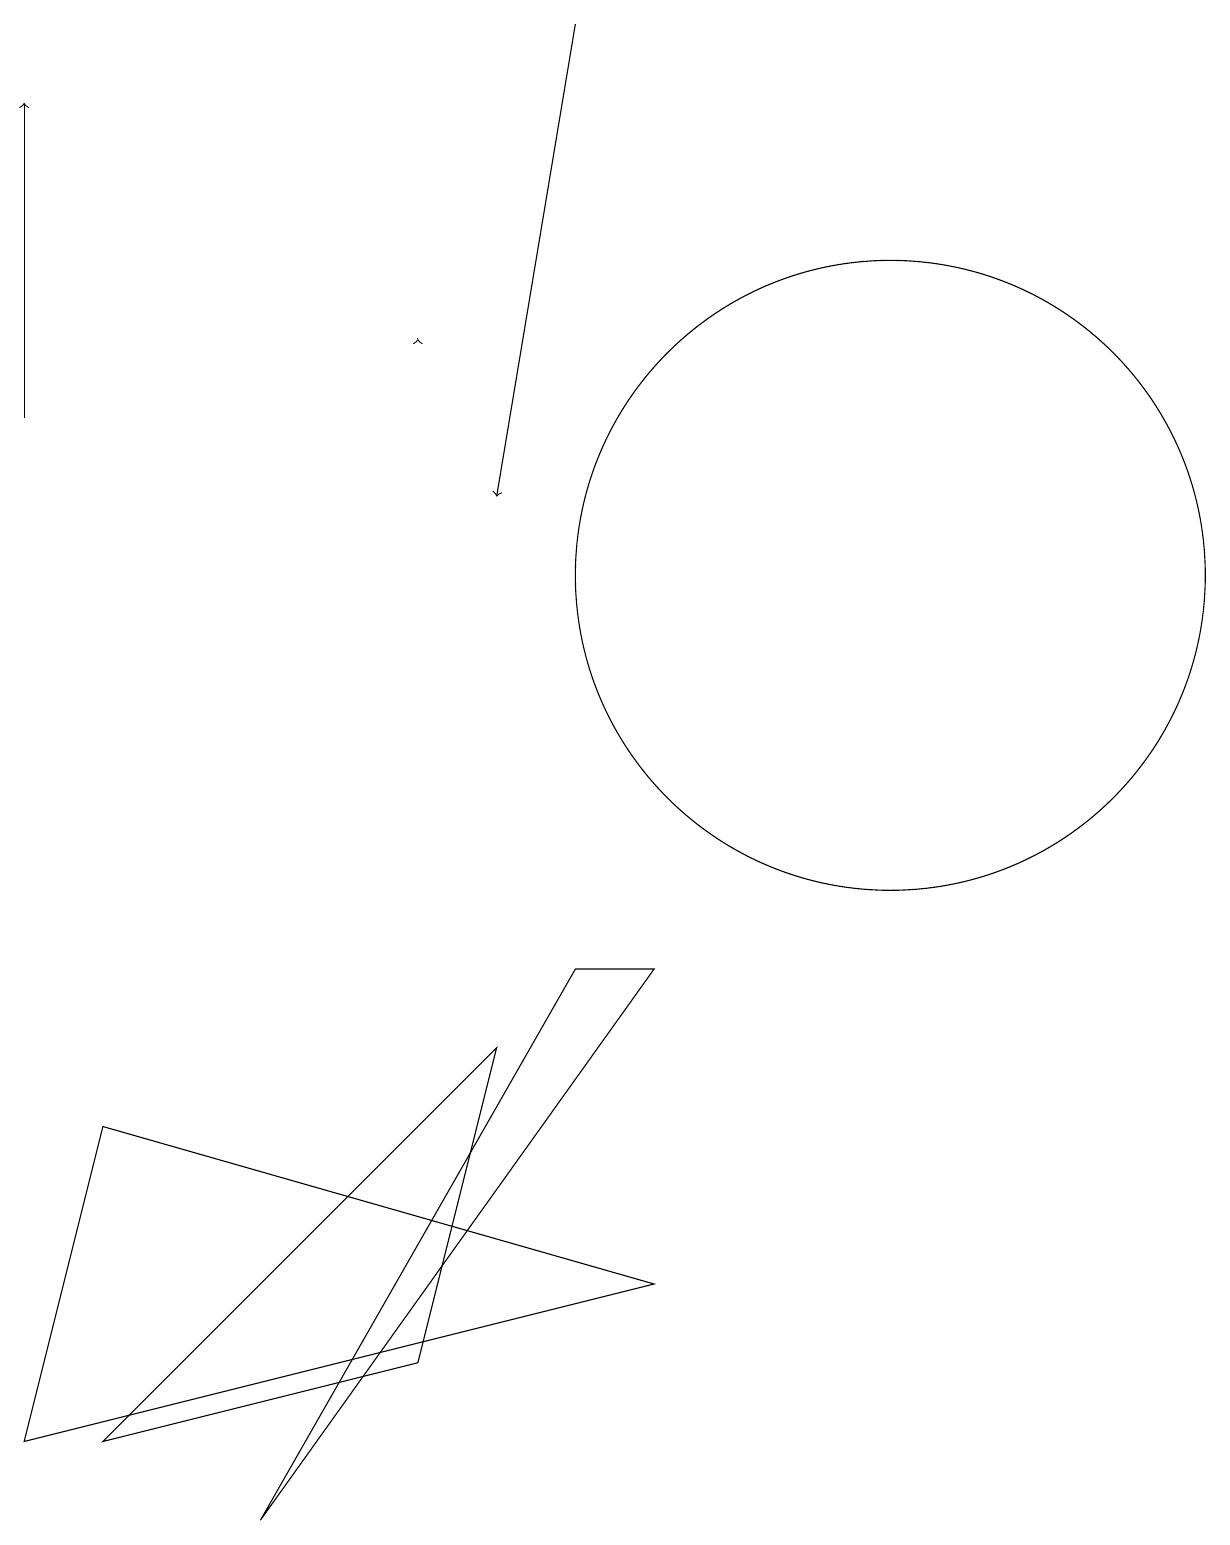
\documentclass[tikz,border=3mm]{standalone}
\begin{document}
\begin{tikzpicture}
\draw[->] (0,14) -- (0,18);
\draw (8,7) -- (3,0) -- (7,7) -- cycle;
\draw[->] (5,15) -- (5,15);
\draw[->] (7,19) -- (6,13);
\draw (1,5) -- (0,1) -- (8,3) -- cycle;
\draw (11,12) circle (4);
\draw (6,6) -- (5,2) -- (1,1) -- cycle;
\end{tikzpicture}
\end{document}